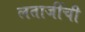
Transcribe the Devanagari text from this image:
लताजींची